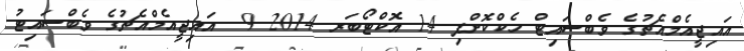
އައިޖީއެމްއެޗުގެ ވެބްސައިޓް ހެކްކޮށްފި 14 އޮކްޓޯބަރ 2014 9  އައިޖީއެމްއެޗުގެ ވެބްސައިޓު